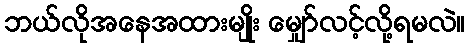
ဘယ်လိုအနေအထားမျိုး မျှော်လင့်လို့ရမလဲ။